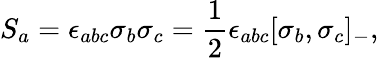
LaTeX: S_{a}=\epsilon_{abc}\sigma_{b}\sigma_{c}=\frac{1}{2}\epsilon_{abc}[\sigma_{b},\sigma_{c}]_{-},